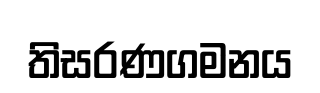
තිසරණගමනය